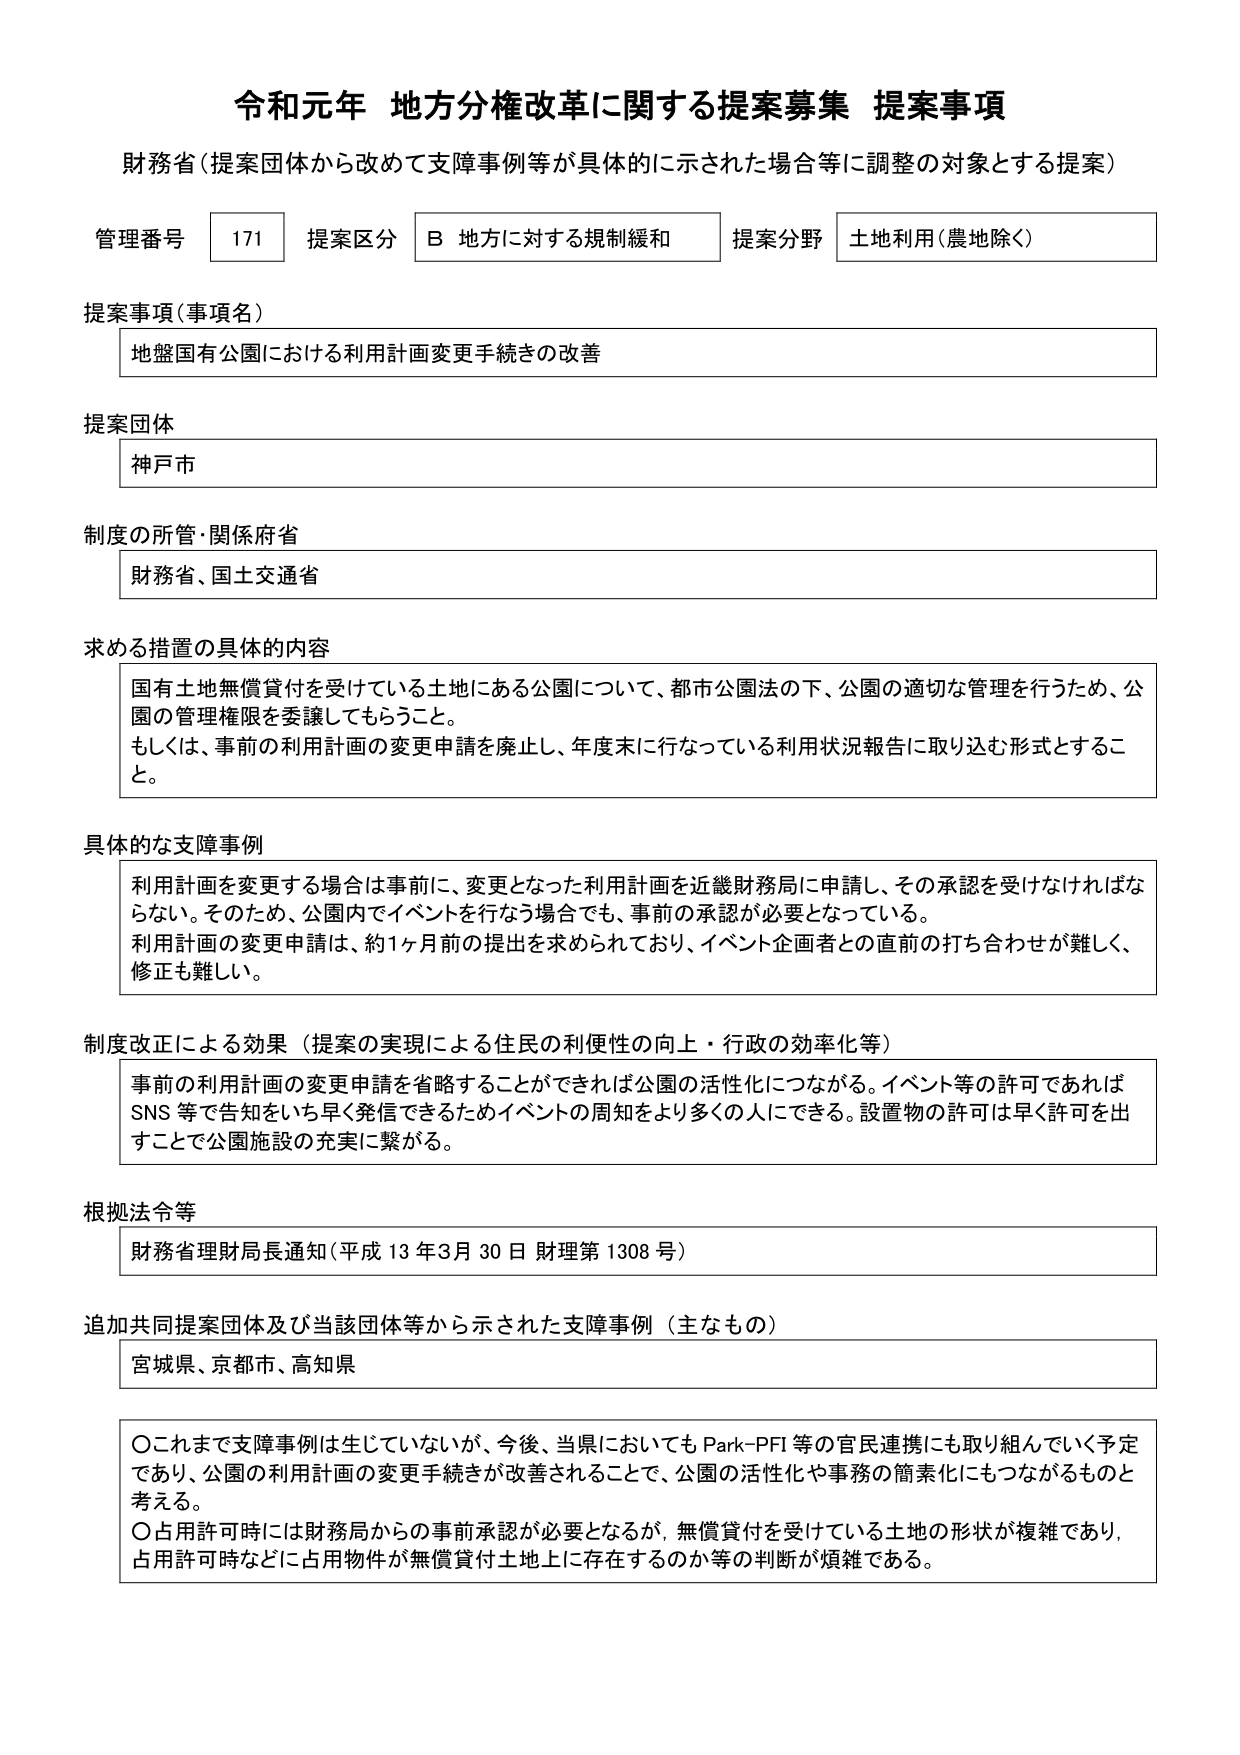
令和元年 地方分権改革に関する提案募集 提案事項
財務省（提案団体から改めて支障事例等が具体的に示された場合等に調整の対象とする提案）

管理番号 171 提案区分 B 地方に対する規制緩和 提案分野 土地利用（農地除く）

提案事項（事項名）
地盤国有公園における利用計画変更手続きの改善

提案団体
神戸市

制度の所管・関係府省
財務省、国土交通省

求める措置の具体的内容
国有土地無償貸付を受けている土地にある公園について、都市公園法の下、公園の適切な管理を行うため、公園の管理権限を委譲してもらうこと。
もしくは、事前の利用計画の変更申請を廃止し、年度末に行なっている利用状況報告に取り込む形式とすること。

具体的な支障事例
利用計画を変更する場合は事前に、変更となった利用計画を近畿財務局に申請し、その承認を受けなければならない。そのため、公園内でイベントを行なう場合でも、事前の承認が必要となっている。
利用計画の変更申請は、約1ヶ月前の提出を求められており、イベント企画者との直前の打ち合わせが難しく、修正も難しい。

制度改正による効果（提案の実現による住民の利便性の向上・行政の効率化等）
事前の利用計画の変更申請を省略することができれば公園の活性化につながる。イベント等の許可であればSNS等で告知をいち早く発信できるためイベントの周知をより多くの人にできる。設置物の許可は早く許可を出すことで公園施設の充実に繋がる。

根拠法令等
財務省理財局長通知（平成13年3月30日 財理第1308号）

追加共同提案団体及び当該団体等から示された支障事例（主なもの）
宮城県、京都市、高知県

○これまで支障事例は生じていないが、今後、当県においてもPark-PFI等の官民連携にも取り組んでいく予定であり、公園の利用計画の変更手続きが改善されることで、公園の活性化や事務の簡素化にもつながるものと考える。
○占用許可時には財務局からの事前承認が必要となるが、無償貸付を受けている土地の形状が複雑であり、占用許可時などに占用物件が無償貸付土地上に存在するのか等の判断が煩雑である。